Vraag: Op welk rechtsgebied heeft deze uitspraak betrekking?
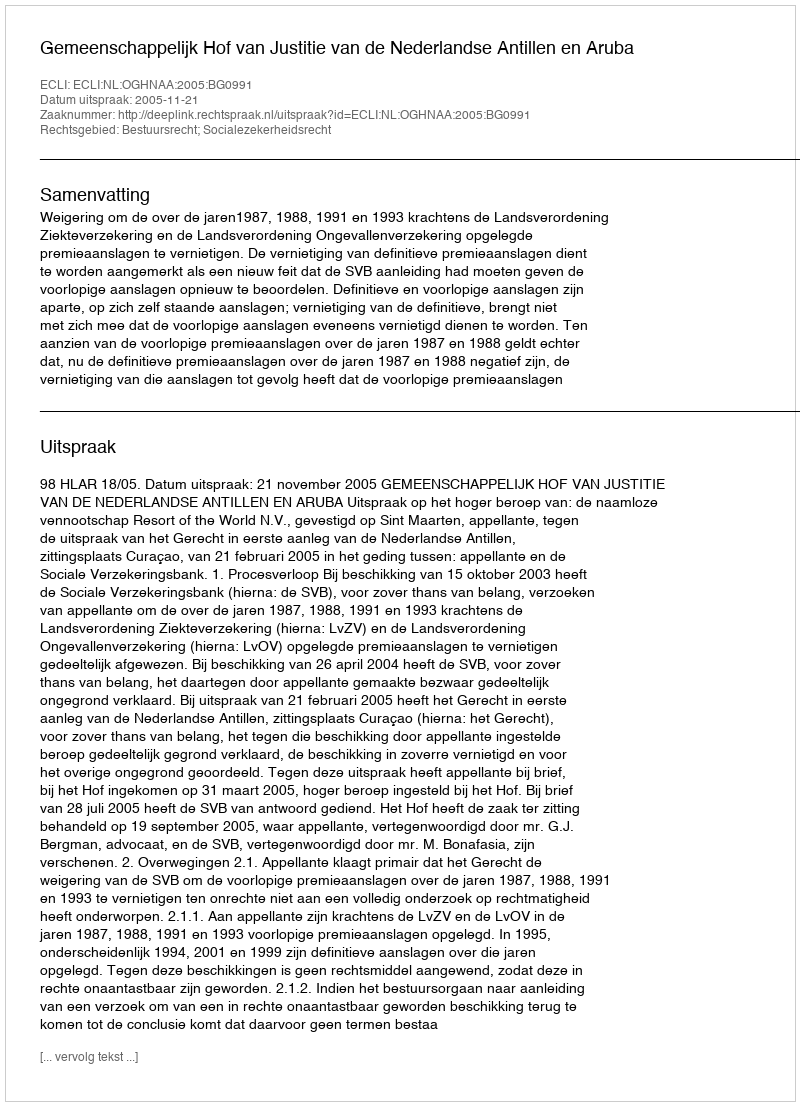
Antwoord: Bestuursrecht; Socialezekerheidsrecht